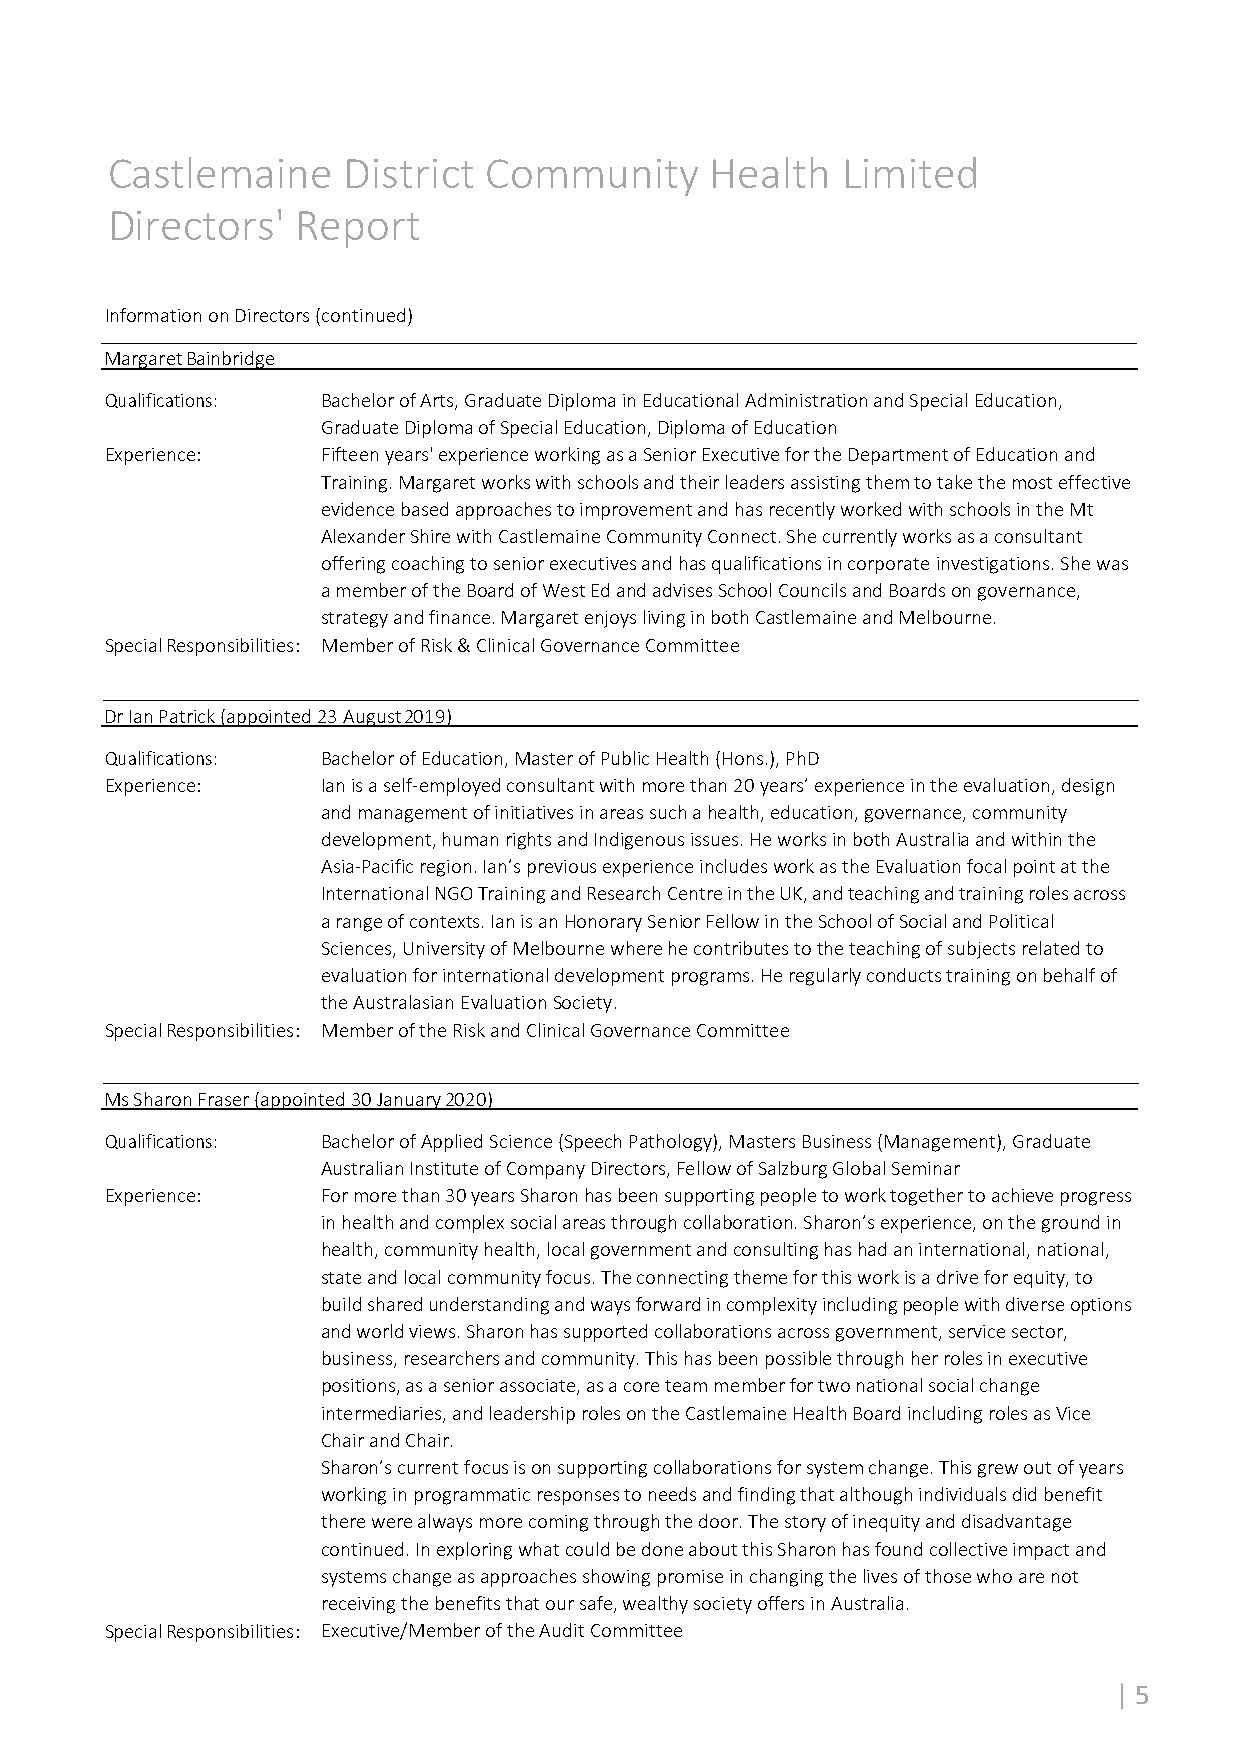
Castlemaine     District Community      Health   Limited
 Directors'   Report
 Information on Directors (continued)
 Margaret Bainbridge
 Qualifications: Bachelor of Arts, Graduate Diploma in Educational Administration and Special Education,
 Graduate Diploma of Special Education, Diploma of Education
 Experience:   Fifteen years' experience working as a Senior Executive for the Department of Education and
 Training. Margaret works with schools and their leaders assisting them to take the most effective
 evidence based approaches to improvement and has recently worked with schools in the Mt
 Alexander Shire with Castlemaine Community Connect. She currently works as a consultant
 offering coaching to senior executives and has qualifications in corporate investigations. She was
 a member of the Board of West Ed and advises School Councils and Boards on governance,
 strategy and finance. Margaret enjoys living in both Castlemaine and Melbourne.
 Special Responsibilities: Member of Risk & Clinical Governance Committee
 Dr Ian Patrick (appointed 23 August 2019)
 Qualifications: Bachelor of Education, Master of Public Health (Hons.), PhD
 Experience:   Ian is a self‐employed consultant with more than 20 years’ experience in the evaluation, design
 and management of initiatives in areas such a health, education, governance, community
 development, human rights and Indigenous issues. He works in both Australia and within the
 Asia‐Pacific region. Ian’s previous experience includes work as the Evaluation focal point at the
 International NGO Training and Research Centre in the UK, and teaching and training roles across
 a range of contexts. Ian is an Honorary Senior Fellow in the School of Social and Political
 Sciences, University of Melbourne where he contributes to the teaching of subjects related to
 evaluation for international development programs. He regularly conducts training on behalf of
 the Australasian Evaluation Society.
 Special Responsibilities: Member of the Risk and Clinical Governance Committee
 Ms Sharon Fraser (appointed 30 January 2020)
 Qualifications: Bachelor of Applied Science (Speech Pathology), Masters Business (Management), Graduate
 Australian Institute of Company Directors, Fellow of Salzburg Global Seminar
 Experience:   For more than 30 years Sharon has been supporting people to work together to achieve progress
 in health and complex social areas through collaboration. Sharon’s experience, on the ground in
 health, community health, local government and consulting has had an international, national,
 state and local community focus. The connecting theme for this work is a drive for equity, to
 build shared understanding and ways forward in complexity including people with diverse options
 and world views. Sharon has supported collaborations across government, service sector,
 business, researchers and community. This has been possible through her roles in executive
 positions, as a senior associate, as a core team member for two national social change
 intermediaries, and leadership roles on the Castlemaine Health Board including roles as Vice
 Chair and Chair.
 Sharon’s current focus is on supporting collaborations for system change. This grew out of years
 working in programmatic responses to needs and finding that although individuals did benefit
 there were always more coming through the door. The story of inequity and disadvantage
 continued. In exploring what could be done about this Sharon has found collective impact and
 systems change as approaches showing promise in changing the lives of those who are not
 receiving the benefits that our safe, wealthy society offers in Australia.
 Special Responsibilities: Executive/Member of the Audit Committee
 | 5